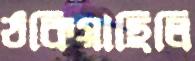
ঠকিয়াছিলি